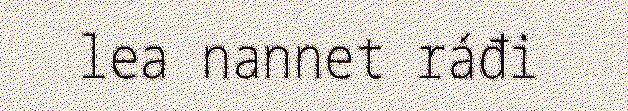
lea nannet ráđi